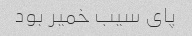
پای سیب خمیر بود